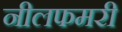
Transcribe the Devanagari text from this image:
नीलफमरी